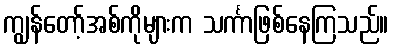
ကျွန်တော့်အစ်ကိုများက သင်္ကာဖြစ်နေကြသည်။